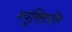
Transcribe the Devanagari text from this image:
न्यूक्लियॉन